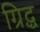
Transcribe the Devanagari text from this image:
ग्रिद्ध